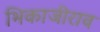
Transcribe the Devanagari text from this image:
भिकाजीराव